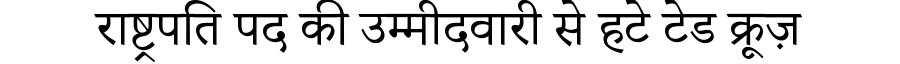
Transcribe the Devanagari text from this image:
राष्ट्रपति पद की उम्मीदवारी से हटे टेड क्रूज़